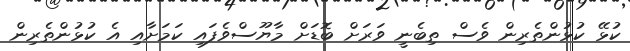
ކުޅޭ ކުޅުންތެރިން ވެސް ތިބެނީ ވަރަށް ބޮޑަށް މާޔޫސްވެފައި ކަމަށާއި އެ ކުޅުންތެރިން